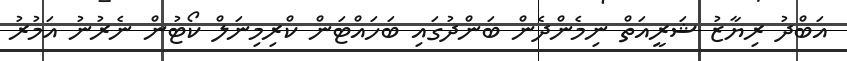
އަބްދު ރިޔާޒު ޝަރީއަތް ނިމެންދެން ބަންދުގައި ބަހައްޓަން ކްރިމިނަލް ކޯޓުން ނެރުނު އަމުރު